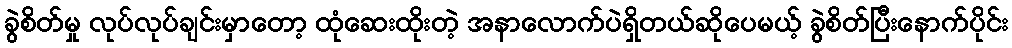
ခွဲစိတ်မှု လုပ်လုပ်ချင်းမှာတော့ ထုံဆေးထိုးတဲ့ အနာလောက်ပဲရှိတယ်ဆိုပေမယ့် ခွဲစိတ်ပြီးနောက်ပိုင်း